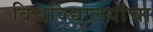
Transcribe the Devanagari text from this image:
विश्वविद्यालयांचा